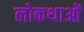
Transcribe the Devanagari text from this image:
लोकथाओं